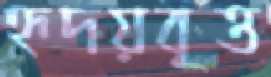
হৃদয়বৃত্ত